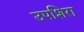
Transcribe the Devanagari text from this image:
उपशिरा